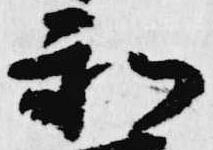
和